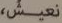
نعيش